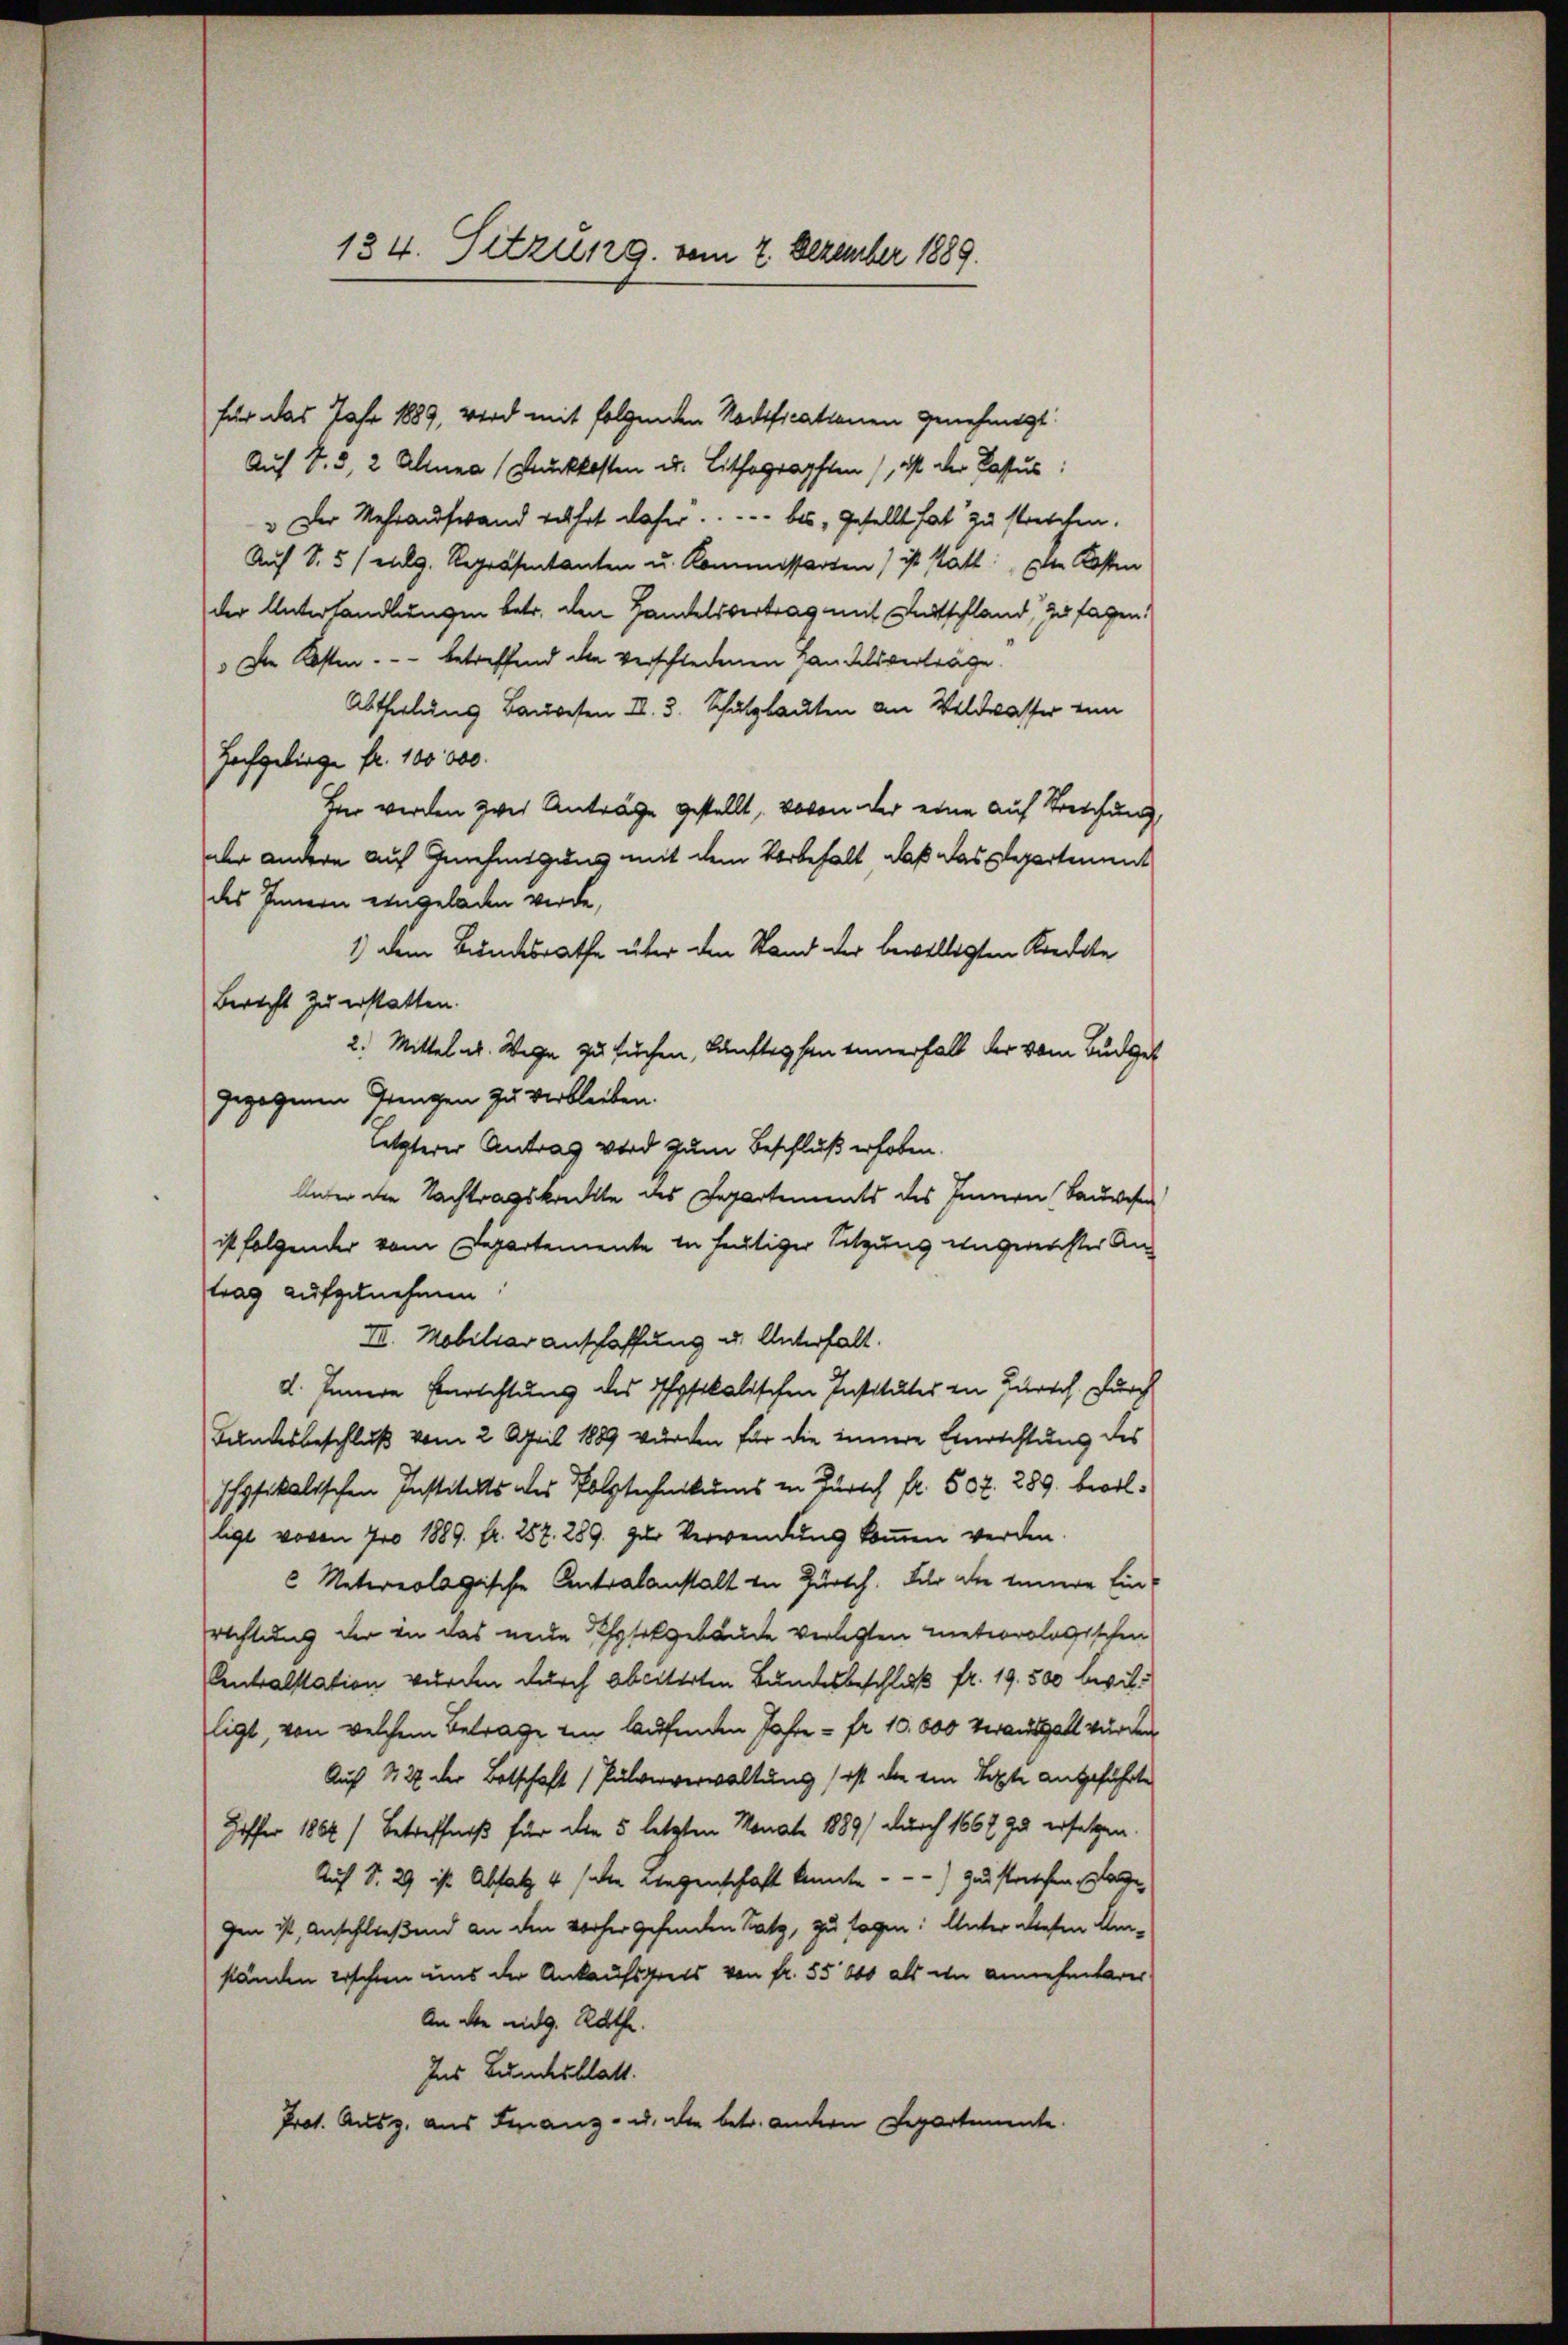
134. Sitzung vom 2. Dezember 1889.

für das Jahr 1889, wird mit folgenden Nodificationen genehmigt.
Auf S. 3, 2 Alina (Druckkosten Dr. Lithographen), ist der Passus:
" Der Mehraufwand führt daher . . . . . bis gestellt hat zu strechen.
Auf S. 5 / eg. Repräsentanten u. Kommissarten) ist statt. Die Kosten
der Unterhandlungen betr. den Handelsvertrag mit Entschland, zu sagen.
.Die Kosten. - - betreffend die verschiedenen Handelsverträge
Abtheilung Bauwesen II. 3. Schutzbauten an Wildwasser von
Hochgebirge fr. 100000.
In werden zwei Anträge gestellt, wovon der eine auf Treichung,
der andere auf Genehmigung mit dem Vorbehalt, daß das Elegartement
des Innern eingeladen werde,
1) dem Bundesrathe über den Stand der bewilligten Kredite
Bericht zu erstatten.
2. Mittel u. Wege zu suchen, künftessen innerhalt der vom Budget
gezogenen Gangen zu verbleiben.
letzterer Antrag wird zum Beschluß erhoben.
Unter die Nachtragskanckte des Departements des Innern Bauwesen
ist folgender vom Departemente in heutiger Sitzung ungereichter An-
trag aufzunehmen.
III. Mobiliar anschaffung u. Unterfall.
d. Innere Errichtung des Physikalischen Institutes in Zürich, durch
Bundesbeschluß vom 2. April 1889 wurden für die innere Einrichtung des
Physikalischen Instituts des Polytechnikums in Zürich fl. 507. 289. bevolligt wovon pro 1889. fr. 257. 289. zur Verwendung kommen werden.
2 Metereologische Antralanstalt in Zürch. Für die innere Einrichtung der in das neue Physikgebäude verletzten meteorologischen
Centralstation wurden durch obcitirten Bundesbeschluß fr. 19. 500 bewilligt, von welchem Betrage von laufenden Jahre - fr. 10.000 veraushalt wurden
Auf 127 der Botschaft (Pulververwaltung ist die ein Septe angeführte
Hoffer 1864) Betreffniß für den 5 letzten Monat 1889/ durch 1667 zu ersetzen.
Auf S. 29 ist Absatz 4 (die wegenschaft konnte. - -) gestrischen Klage,
gen ist, Anschließend an den vorher gefunden Satz, zu sagen: Unter diesen Um-
ständen erschen uns der Ankaufsgrets von fr. 55000 als in annehmbarer
An die eidg. Rathe
Ins Bundesblatt.
Prot. Ausz. aus Finanz- u. die betr. andern Departemente.